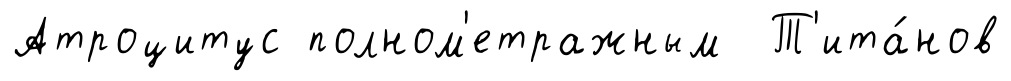
Атроцитус полном'етражным Т'ита́нов